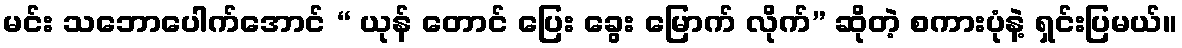
မင်း သဘောပေါက်အောင် “ ယုန် တောင် ပြေး ခွေး မြောက် လိုက်” ဆိုတဲ့ စကားပုံနဲ့ ရှင်းပြမယ်။